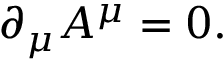
\partial _ { \mu } A ^ { \mu } = 0 .